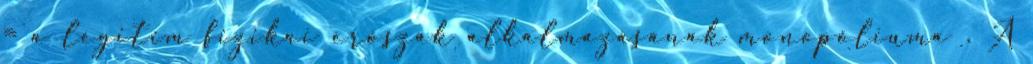
= a legitim fizikai erőszak alkalmazásának monopóliuma . A